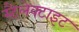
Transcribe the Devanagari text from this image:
स्टैलेक्टाइट